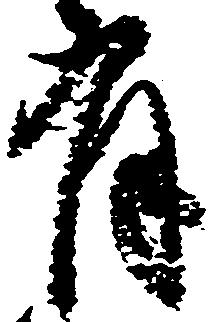
有